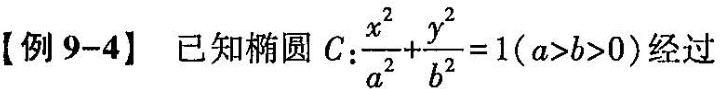
【例9-4】已知椭圆C ：$$\frac { x ^ { 2 } } { a ^ { 2 } } + \frac {y ^ { 2 } } { b ^ { 2 } } = 1$$($$a > b > 0$$)经过